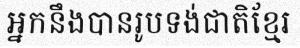
អ្នកនឹងបានរូបទង់ជាតិខ្មែរ